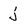
Character: j